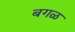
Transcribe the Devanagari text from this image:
बगळ